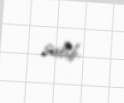
salıb.